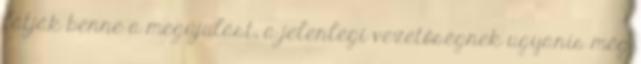
látják benne a megújulást, a jelenlegi vezetőségnek ugyanis még